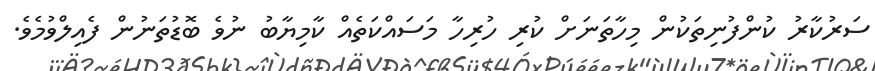
ސަރުކާރު ކުންފުނިތަކުން މިހާތަނަށް ކުރި ހުރިހާ މަސައްކަތެއް ކާމިޔާބު ނުވެ ބޮޑުތަނުން ފެއިލްވުމެވެ.